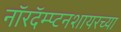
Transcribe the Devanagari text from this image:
नॉरदॅम्प्टनशायरच्या